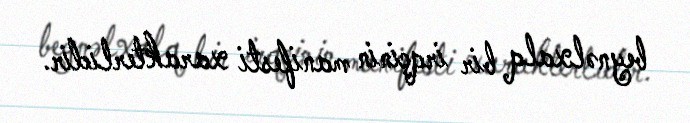
beynəlxalq bir irqçinin manifesti xarakterlidir.